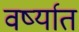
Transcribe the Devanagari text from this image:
वर्ष्यात